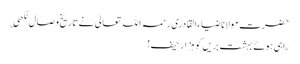
حضرت مولانا ضیاء القادری رحمہ اللہ تعالیٰ نے تاریخ وصال لکھی ؎
راہی ہوئے بہشت بریں کو ہزار حیف!